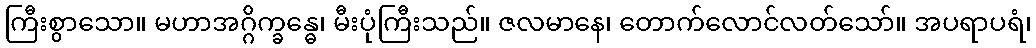
ကြီးစွာသော။ မဟာအဂ္ဂိက္ခန္ဓေ၊ မီးပုံကြီးသည်။ ဇလမာနေ၊ တောက်လောင်လတ်သော်။ အပရာပရံ၊